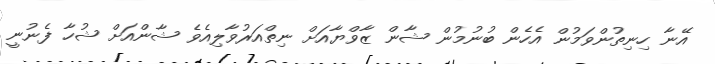
އޭނާ ހިނިތުންވަމުން އެހެން ބުނުމުން ޝާން ޒާވްޔާއަށް ނިތްއަރުވާލިއެވެ ޝާންއަށް ޝުހާ ފެނުނީ